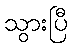
သွားပြီ